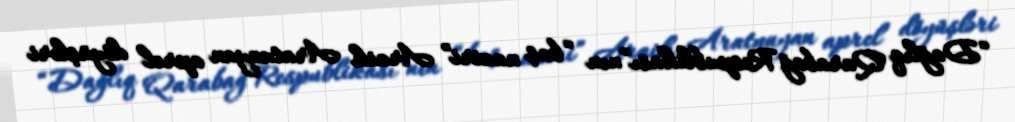
“Dağlıq Qarabağ Respublikası”nın “baş naziri” Araik Aratunyan aprel döyüşləri